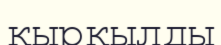
қырқылды